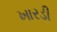
ખારડી